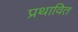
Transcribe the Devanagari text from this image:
प्रथावित